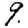
Digit: 9